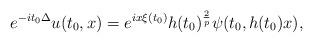
LaTeX: \begin{align*} e^{-it_0\Delta} u(t_0,x) = e^{ix\xi(t_0)} h(t_0)^{\frac2{p}} \psi (t_0,h(t_0) x), \end{align*}